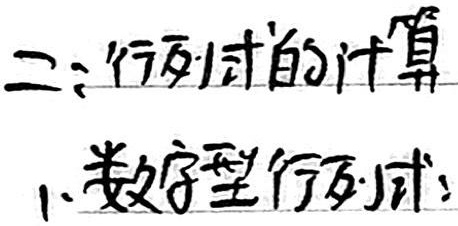
二：行列式的计算
1. 数字型行列式：